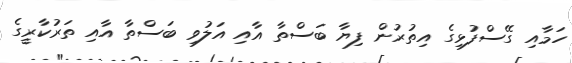
ހަމާއި ގޭސްފުޅިގެ އިތުރުން ފިޔާ ބަސްތާ އާއި އަލުވި ބަސްތާ އާއި ތަރުކާރީގެ